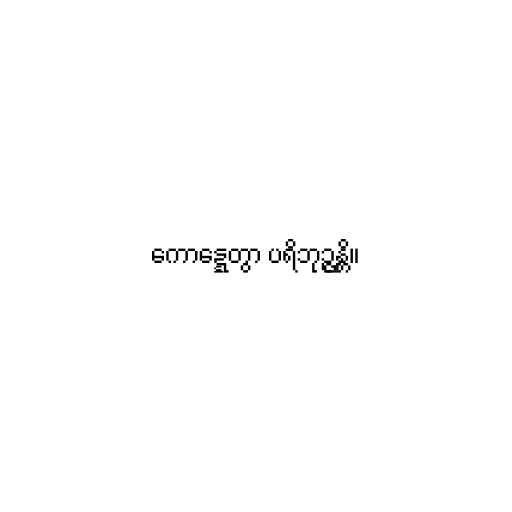
ကောဋ္ဋေတွာ ပရိဘုဉ္ဇန္တိ။